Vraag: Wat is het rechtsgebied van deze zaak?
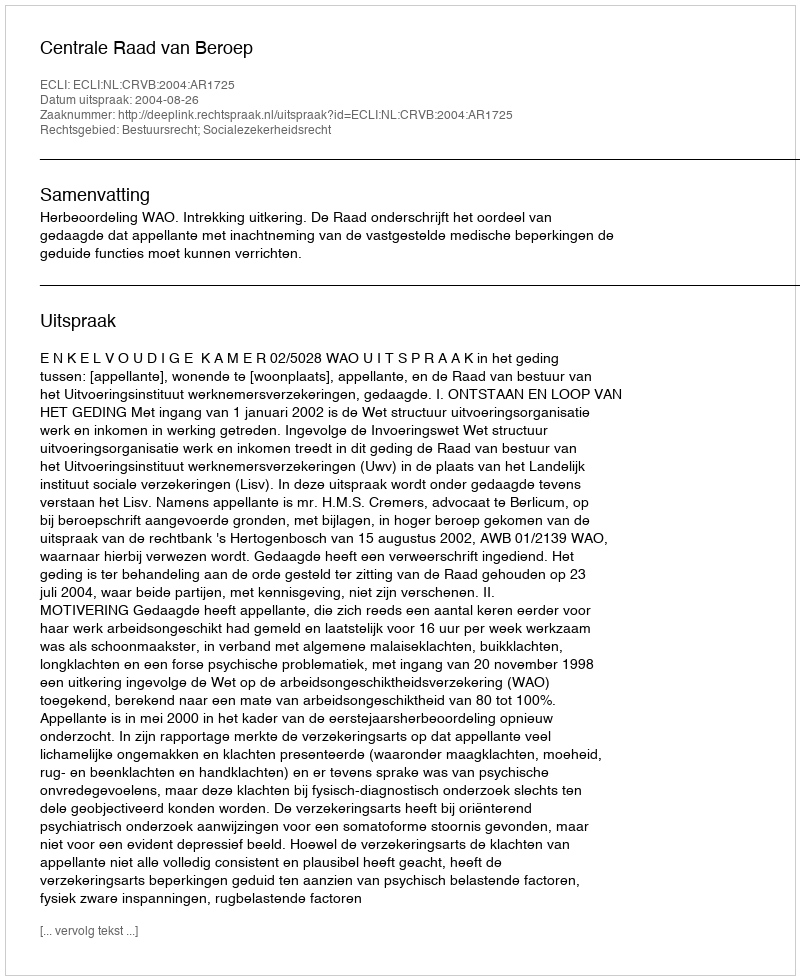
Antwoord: Bestuursrecht; Socialezekerheidsrecht